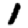
Digit: 1